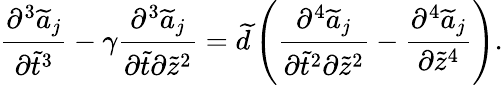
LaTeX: \frac{\partial^{3}\widetilde{a}_{j}}{\partial\tilde{t}^{3}}-\gamma\frac{\partial^{3}\widetilde{a}_{j}}{\partial\tilde{t}\partial\tilde{z}^{2}}=\widetilde{d}\left(\frac{\partial^{4}\widetilde{a}_{j}}{\partial\tilde{t}^{2}\partial\tilde{z}^{2}}-\frac{\partial^{4}\widetilde{a}_{j}}{\partial\tilde{z}^{4}}\right).